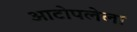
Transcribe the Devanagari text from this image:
आटोपलेला